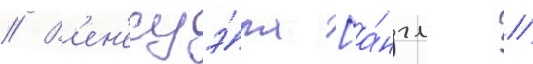
// В'ен'есуэ́ла [а́нгл. //